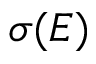
\sigma ( E )